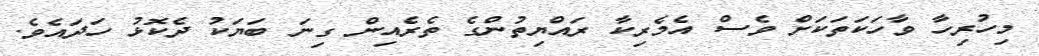
މިހުރިހާ ވާހަކަތަކަށް ވެސް އެމެރިކާ ރައްޔިތުންގެ ތެރެއިން ގިނަ ބަޔަކު ދެކޮޅު ހަދައެވެ.